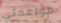
مواعدتي